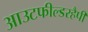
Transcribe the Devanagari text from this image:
आउटफील्डरहैपी